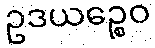
ဥဒယဉ္စေဝ